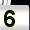
Digit: 5